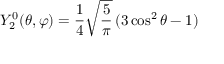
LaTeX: Y _ { 2 } ^ { 0 } ( \theta , \varphi ) = { \frac { 1 } { 4 } } { \sqrt { \frac { 5 } { \pi } } } \, ( 3 \cos ^ { 2 } \theta - 1 )